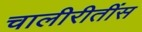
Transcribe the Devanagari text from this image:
चालीरीतींस